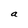
Character: a